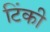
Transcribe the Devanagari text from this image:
टिंकी